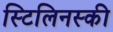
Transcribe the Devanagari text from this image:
स्टिलिनस्की